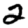
Digit: 2